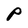
Character: P